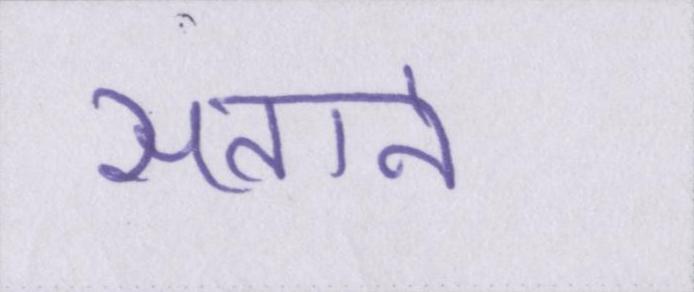
सताने